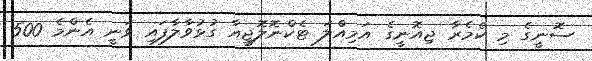
ސޮނީގެ މި ކެމެރާ ޖިއޮނީގެ އަމިއްލަ ޓެކްނޮލޮޖީއާ ގުޅުވާލާފައި ވަނީ އެންމެ 500